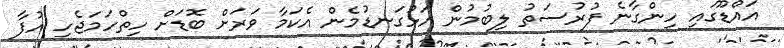
އައްޑޫގައި ހިންގާނެ ފުރުސަތު ލިބުމުން އަޅުގަނޑުމެން އެކަމާ ވަރަށް ބޮޑަށް ހިތްހަމަޖެހި އުފާ